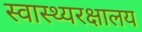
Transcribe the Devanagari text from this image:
स्वास्थ्यरक्षालय